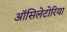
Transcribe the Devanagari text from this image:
ऑसिलेटोरिया